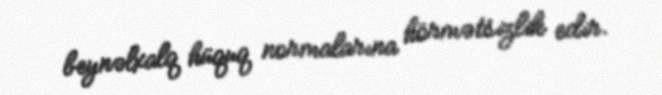
beynəlxalq hüquq normalarına hörmətsizlik edir.